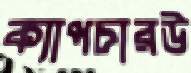
ক্যাপচারউ